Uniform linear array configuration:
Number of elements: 4
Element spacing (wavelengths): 0.75
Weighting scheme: blackman
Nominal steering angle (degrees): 15
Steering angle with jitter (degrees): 15.993
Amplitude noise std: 0.05
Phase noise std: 0.05

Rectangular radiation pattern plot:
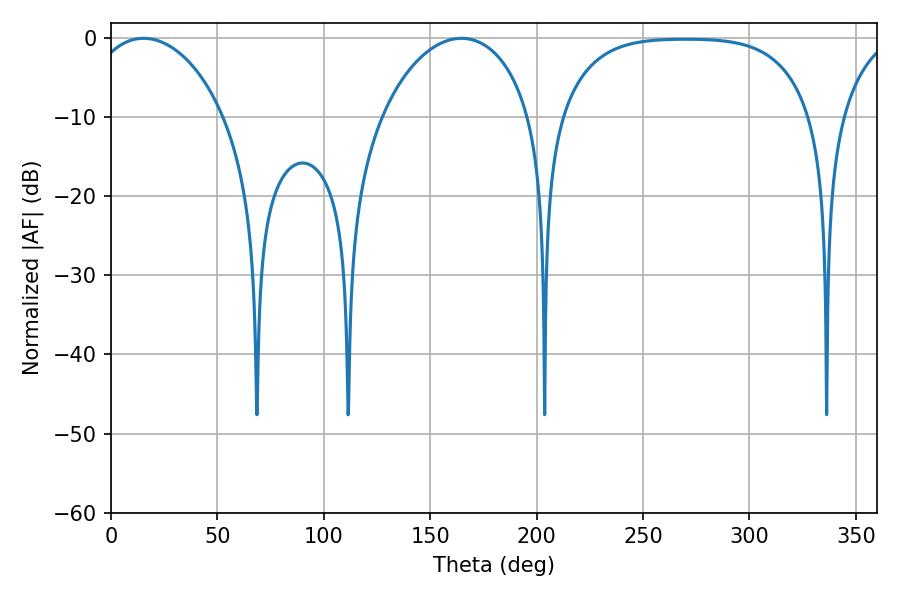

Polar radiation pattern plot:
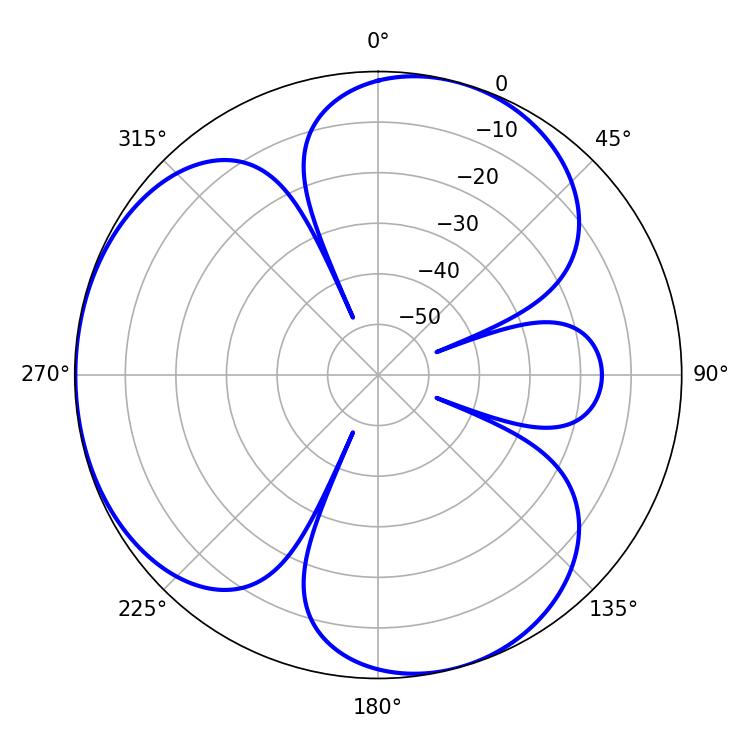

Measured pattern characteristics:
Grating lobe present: TRUE
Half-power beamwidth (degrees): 36.54
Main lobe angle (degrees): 15.3